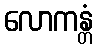
လောကန္တံ